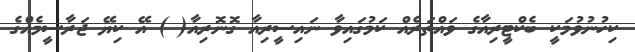
ކިހުނުވުމަކީ ބެކްޓީރިއާގެ ވައްތަރެއް ކަމުގައިވާ ނައިސީރިއާ ގޮނޮރިއާ( ) އޭ ކިޔޭ ޖަރާސީމެއްގެ